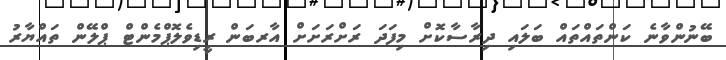
ބޭނުންވާނެ ކަންތައްތައް ބަލައި ދިރާސާކޮށް މިފަދަ ރަށްރަށަށް އާރބަން ރީޑިވެލޮޕްމެންޓް ޕްލޭން ތައްޔާރު